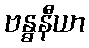
ဗန္ဓနီယာ